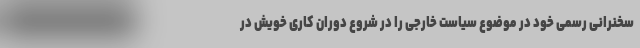
سخنرانی رسمی خود در موضوع سیاست خارجی را در شروع دوران کاری خویش در